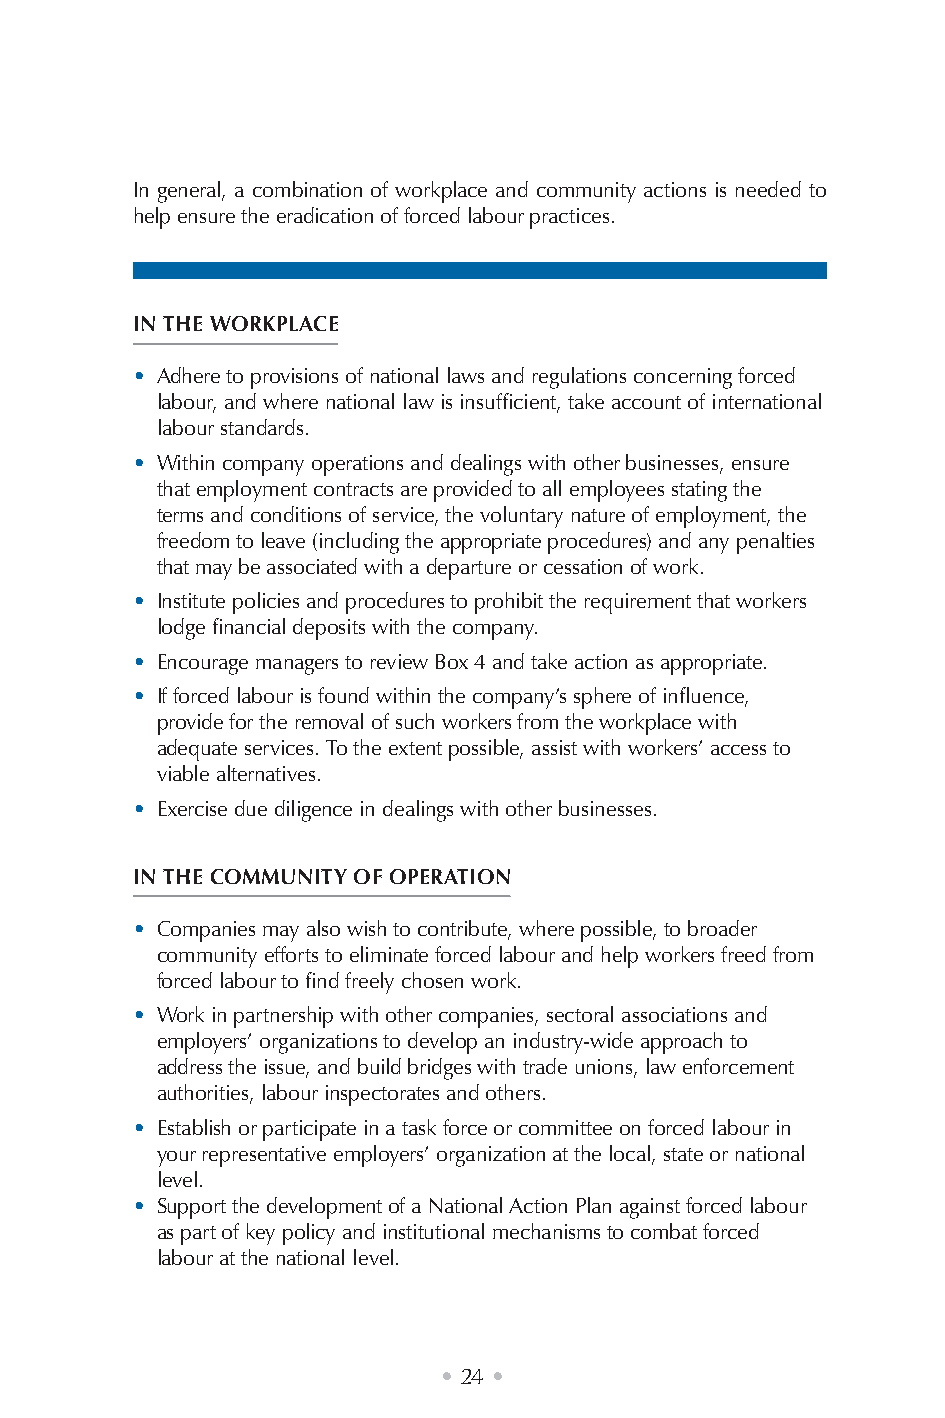
In general, a combination of workplace and community actions is needed to
 help ensure the eradication of forced labour practices.
 IN THE WORKPLACE
 • Adhere to provisions of national laws and regulations concerning forced
 labour, and where national law is insufficient, take account of international
 labour standards.
 • Within company operations and dealings with other businesses, ensure
 that employment contracts are provided to all employees stating the
 terms and conditions of service, the voluntary nature of employment, the
 freedom to leave (including the appropriate procedures) and any penalties
 that may be associated with a departure or cessation of work.
 • Institute policies and procedures to prohibit the requirement that workers
 lodge financial deposits with the company.
 • Encourage managers to review Box 4 and take action as appropriate.
 • If forced labour is found within the company’s sphere of influence,
 provide for the removal of such workers from the workplace with
 adequate services. To the extent possible, assist with workers’ access to
 viable alternatives.
 • Exercise due diligence in dealings with other businesses.
 IN THE COMMUNITY OF OPERATION
 • Companies may also wish to contribute, where possible, to broader
 community efforts to eliminate forced labour and help workers freed from
 forced labour to find freely chosen work.
 • Work in partnership with other companies, sectoral associations and
 employers’ organizations to develop an industry-wide approach to
 address the issue, and build bridges with trade unions, law enforcement
 authorities, labour inspectorates and others.
 • Establish or participate in a task force or committee on forced labour in
 your representative employers’ organization at the local, state or national
 level.
 • Support the development of a National Action Plan against forced labour
 as part of key policy and institutional mechanisms to combat forced
 labour at the national level.
 • 24 •